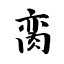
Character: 脔